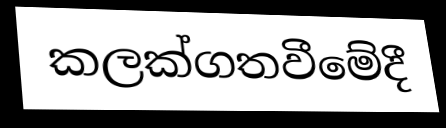
කලක්ගතවීමේදී